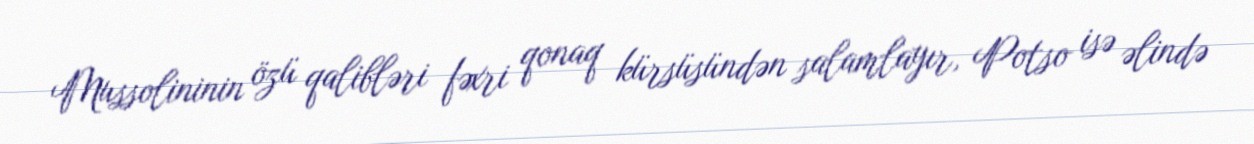
Mussolininin özü qalibləri fəxri qonaq kürsüsündən salamlayır, Potso isə əlində